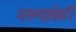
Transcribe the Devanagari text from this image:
भरल्यावेळीं